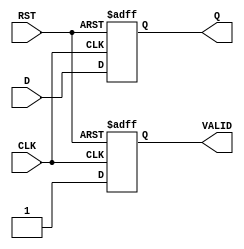
module output_register (
    input wire [N-1:0] D,     // Data input (N bits)
    input wire CLK,            // Clock input
    input wire RST,            // Reset input (active high)
    output reg [N-1:0] Q,      // Data output (N bits)
    output reg VALID           // Output valid signal
);
    parameter N = 8;           // Define the data width, default is 8 bits

    // Asynchronous reset and clock edge capture
    always @(posedge CLK or posedge RST) begin
        if (RST) begin
            Q <= {N{1'b0}};     // Clear output on reset
            VALID <= 1'b0;      // Clear valid signal on reset
        end else begin
            Q <= D;             // Capture data on clock edge
            VALID <= 1'b1;      // Set valid signal on data capture
        end
    end

endmodule